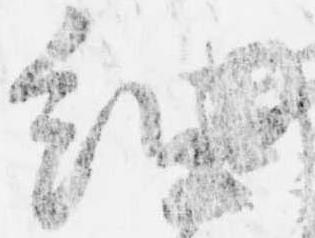
細